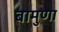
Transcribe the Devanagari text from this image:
बामुणा